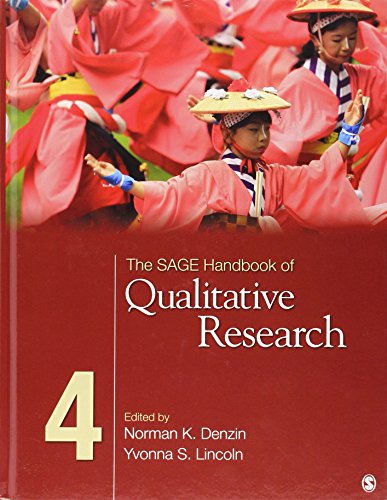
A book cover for The SAGE Handbook of Qualitative Research (Sage Handbooks); Science & Math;